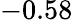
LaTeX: -0.58